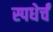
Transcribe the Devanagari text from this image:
स्पधेर्चं